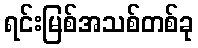
ရင်းမြစ်အသစ်တစ်ခု